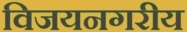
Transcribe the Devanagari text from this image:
विजयनगरीय